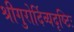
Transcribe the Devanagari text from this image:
श्रीगुरोर्दिव्यदृष्टिः